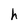
Character: h